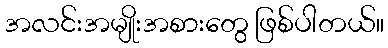
အလင်းအမျိုးအစားတွေ ဖြစ်ပါတယ်။